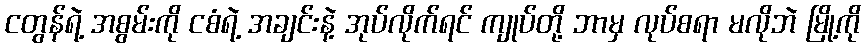
ငတွန်ရဲ့ အစွမ်းကို ငစံရဲ့ အချင်းနဲ့ အုပ်လိုက်ရင် ကျုပ်တို့ ဘာမှ လုပ်စရာ မလိုဘဲ မြို့ကို